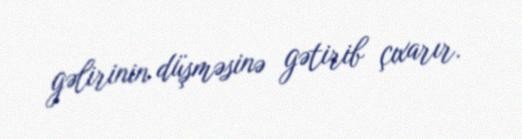
gəlirinin düşməsinə gətirib çıxarır.